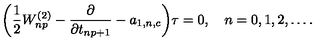
\biggl ( { \frac { 1 } { 2 } } W _ { n p } ^ { ( 2 ) } - { \frac { \partial } { \partial t _ { n p + 1 } } } - a _ { 1 , n , c } \biggr ) \tau = 0 , \quad n = 0 , 1 , 2 , \ldots .